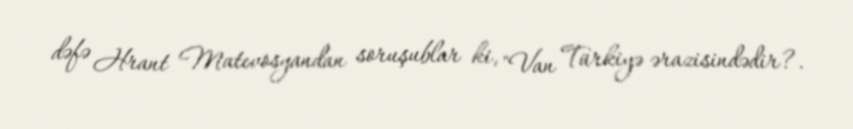
dəfə Hrant Matevosyandan soruşublar ki, "Van Türkiyə ərazisindədir?.